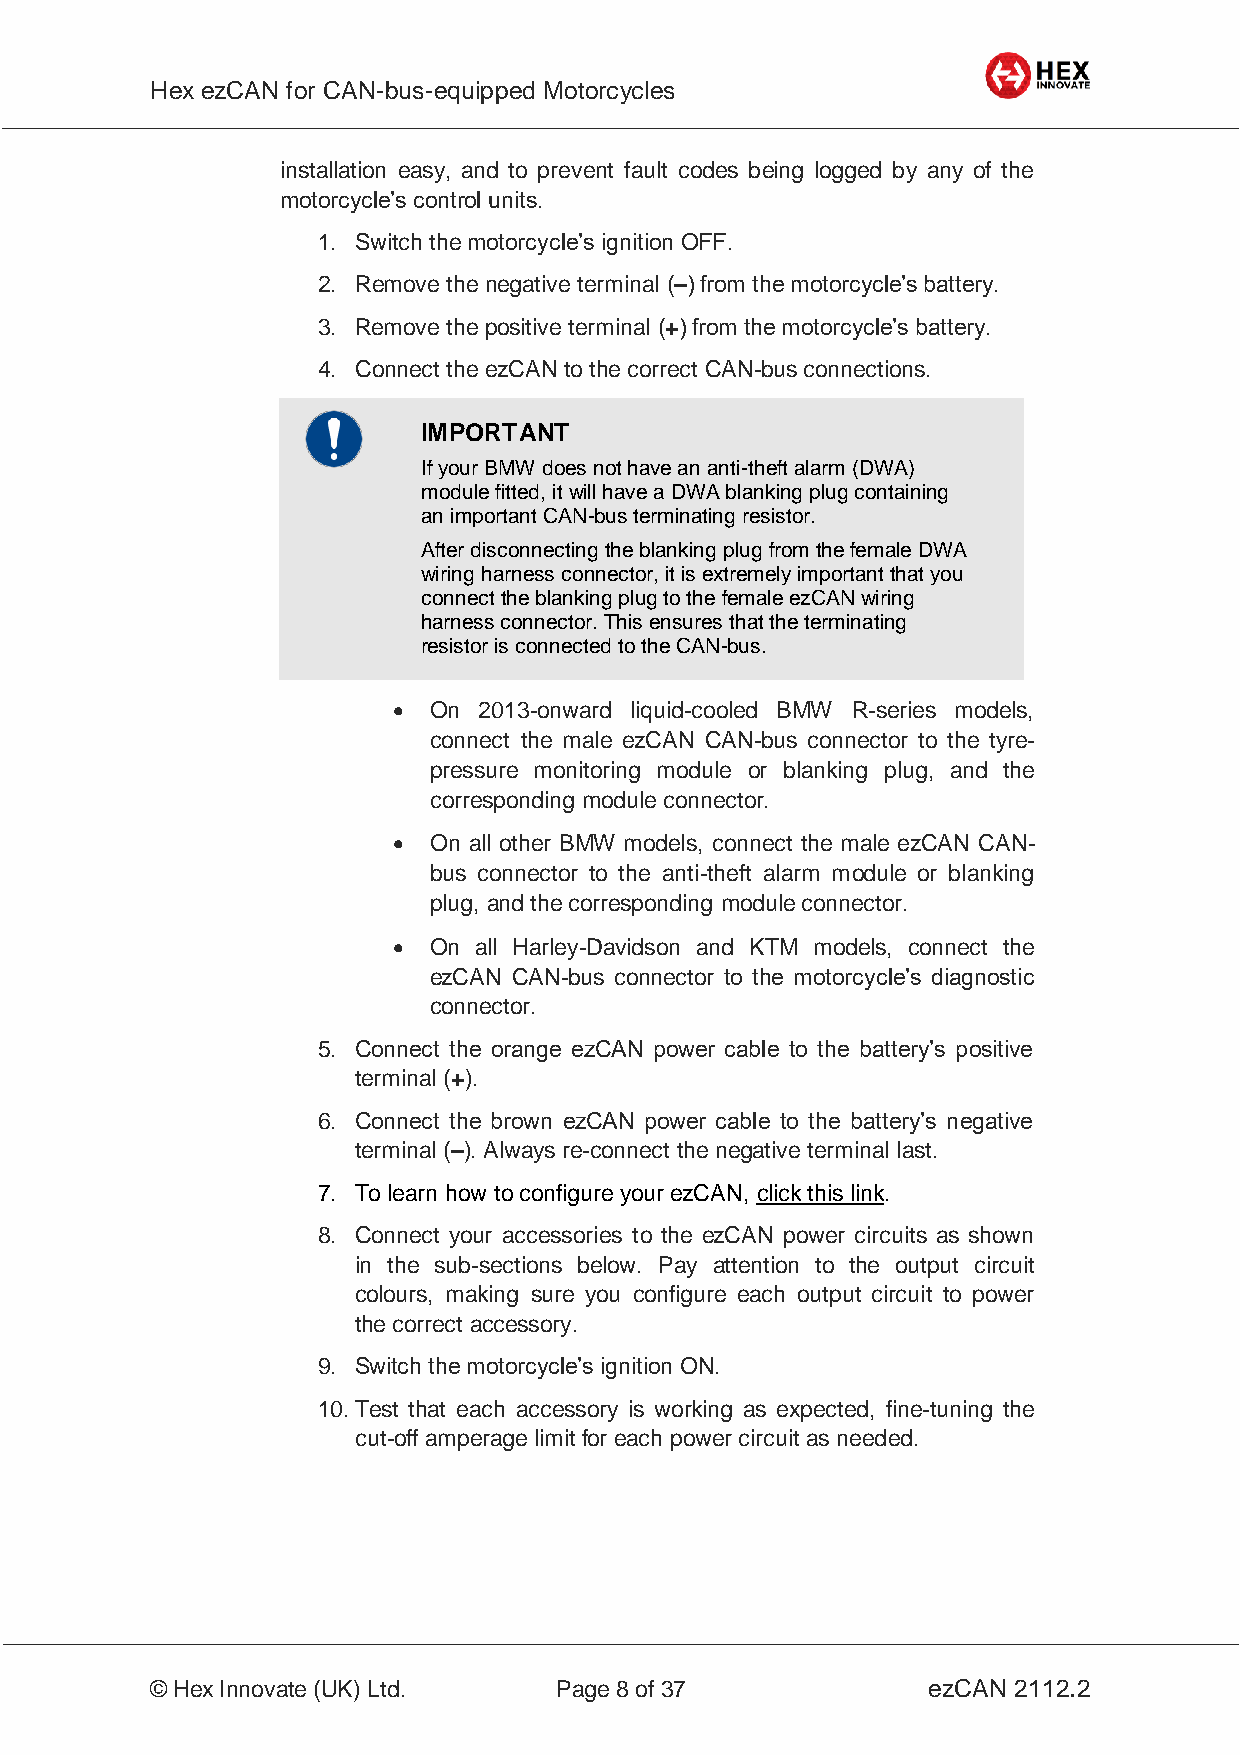
Hex ezCAN for CAN-bus-equipped Motorcycles
 _________________________________________________________________________________________________
 installation easy, and to prevent fault codes being logged by any of the
 motorcycle’s control units.
 1. Switch the motorcycle’s ignition OFF.
 2. Remove the negative terminal (–) from the motorcycle’s battery.
 3. Remove the positive terminal (+) from the motorcycle’s battery.
 4. Connect the ezCAN to the correct CAN-bus connections.
 IMPORTANT
 If your BMW does not have an anti-theft alarm (DWA)
 module fitted, it will have a DWA blanking plug containing
 an important CAN-bus terminating resistor.
 After disconnecting the blanking plug from the female DWA
 wiring harness connector, it is extremely important that you
 connect the blanking plug to the female ezCAN wiring
 harness connector. This ensures that the terminating
 resistor is connected to the CAN-bus.
  On  2013-onward liquid-cooled BMW R-series models,
 connect the male ezCAN CAN-bus connector to the tyre-
 pressure monitoring module or blanking plug, and the
 corresponding module connector.
  On all other BMW models, connect the male ezCAN CAN-
 bus connector to the anti-theft alarm module or blanking
 plug, and the corresponding module connector.
  On all Harley-Davidson and KTM models, connect the
 ezCAN CAN-bus connector to the motorcycle’s diagnostic
 connector.
 5. Connect the orange ezCAN power cable to the battery’s positive
 terminal (+).
 6. Connect the brown ezCAN power cable to the battery’s negative
 terminal (–). Always re-connect the negative terminal last.
 7. To learn how to configure your ezCAN, click this link.
 8. Connect your accessories to the ezCAN power circuits as shown
 in the sub-sections below. Pay attention to the output circuit
 colours, making sure you configure each output circuit to power
 the correct accessory.
 9. Switch the motorcycle’s ignition ON.
 10. Test that each accessory is working as expected, fine-tuning the
 cut-off amperage limit for each power circuit as needed.
 _________________________________________________________________________________________________
 © Hex Innovate (UK) Ltd.   Page 8 of 37            ezCAN 2112.2